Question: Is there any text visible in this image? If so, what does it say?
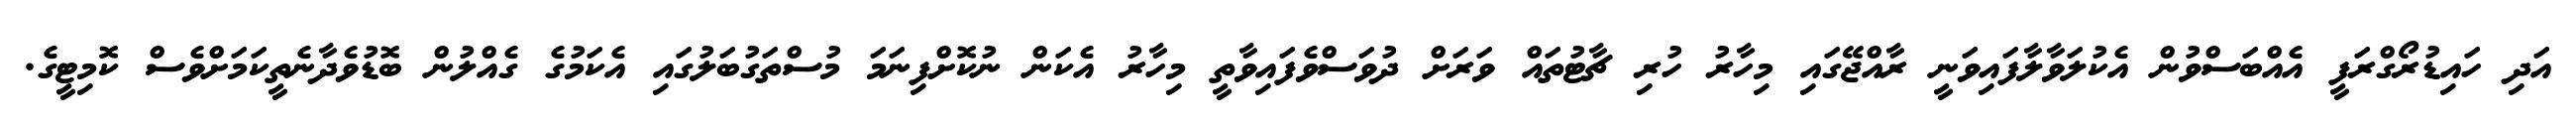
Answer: އަދި ހައިޑުރޯގްރަފީ އެއްބަސްވުން އެކުލަވާލާފައިވަނީ ރާއްޖޭގައި މިހާރު ހުރި ޗާޓުތައް ވަރަށް ދުވަސްވެފައިވާތީ މިހާރު އެކަން ނުކޮށްފިނަމަ މުސްތަގުބަލުގައި އެކަމުގެ ގެއްލުން ބޮޑުވެދާނެތީކަމަށްވެސް ކޮމިޓީގެ.